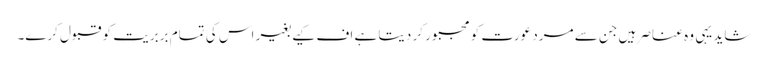
شاید یہی وہ عناصر ہیں جن سے مرد عورت کو مجبور کر دیتا ہے اف کیے بغیر اس کی تمام بربریت کو قبول کرے۔